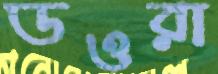
ডওরা